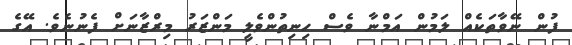
ފުން ނޭވާތަކެއް ލަމުން އަމްނާ ވެސް ހިނިތުންވެލީ މަންޒަރު މިރްޒާނަށް ފެނުނެވެ. އޭގެ